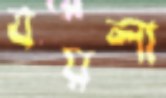
বয়লা